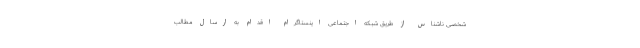
شخصی ناشناس از طریق شبکه اجتماعی اینستاگرام اقدام به ارسال مطالب